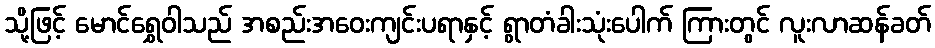
သို့ဖြင့် မောင်ရွှေဝါသည် အစည်းအဝေးကျင်းပရာနှင့် ရွာတံခါးသုံးပေါက် ကြားတွင် လူးလာဆန်ခတ်